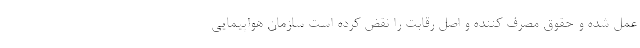
عمل شده و حقوق مصرف کننده و اصل رقابت را نقض کرده است سازمان هواپیمایی